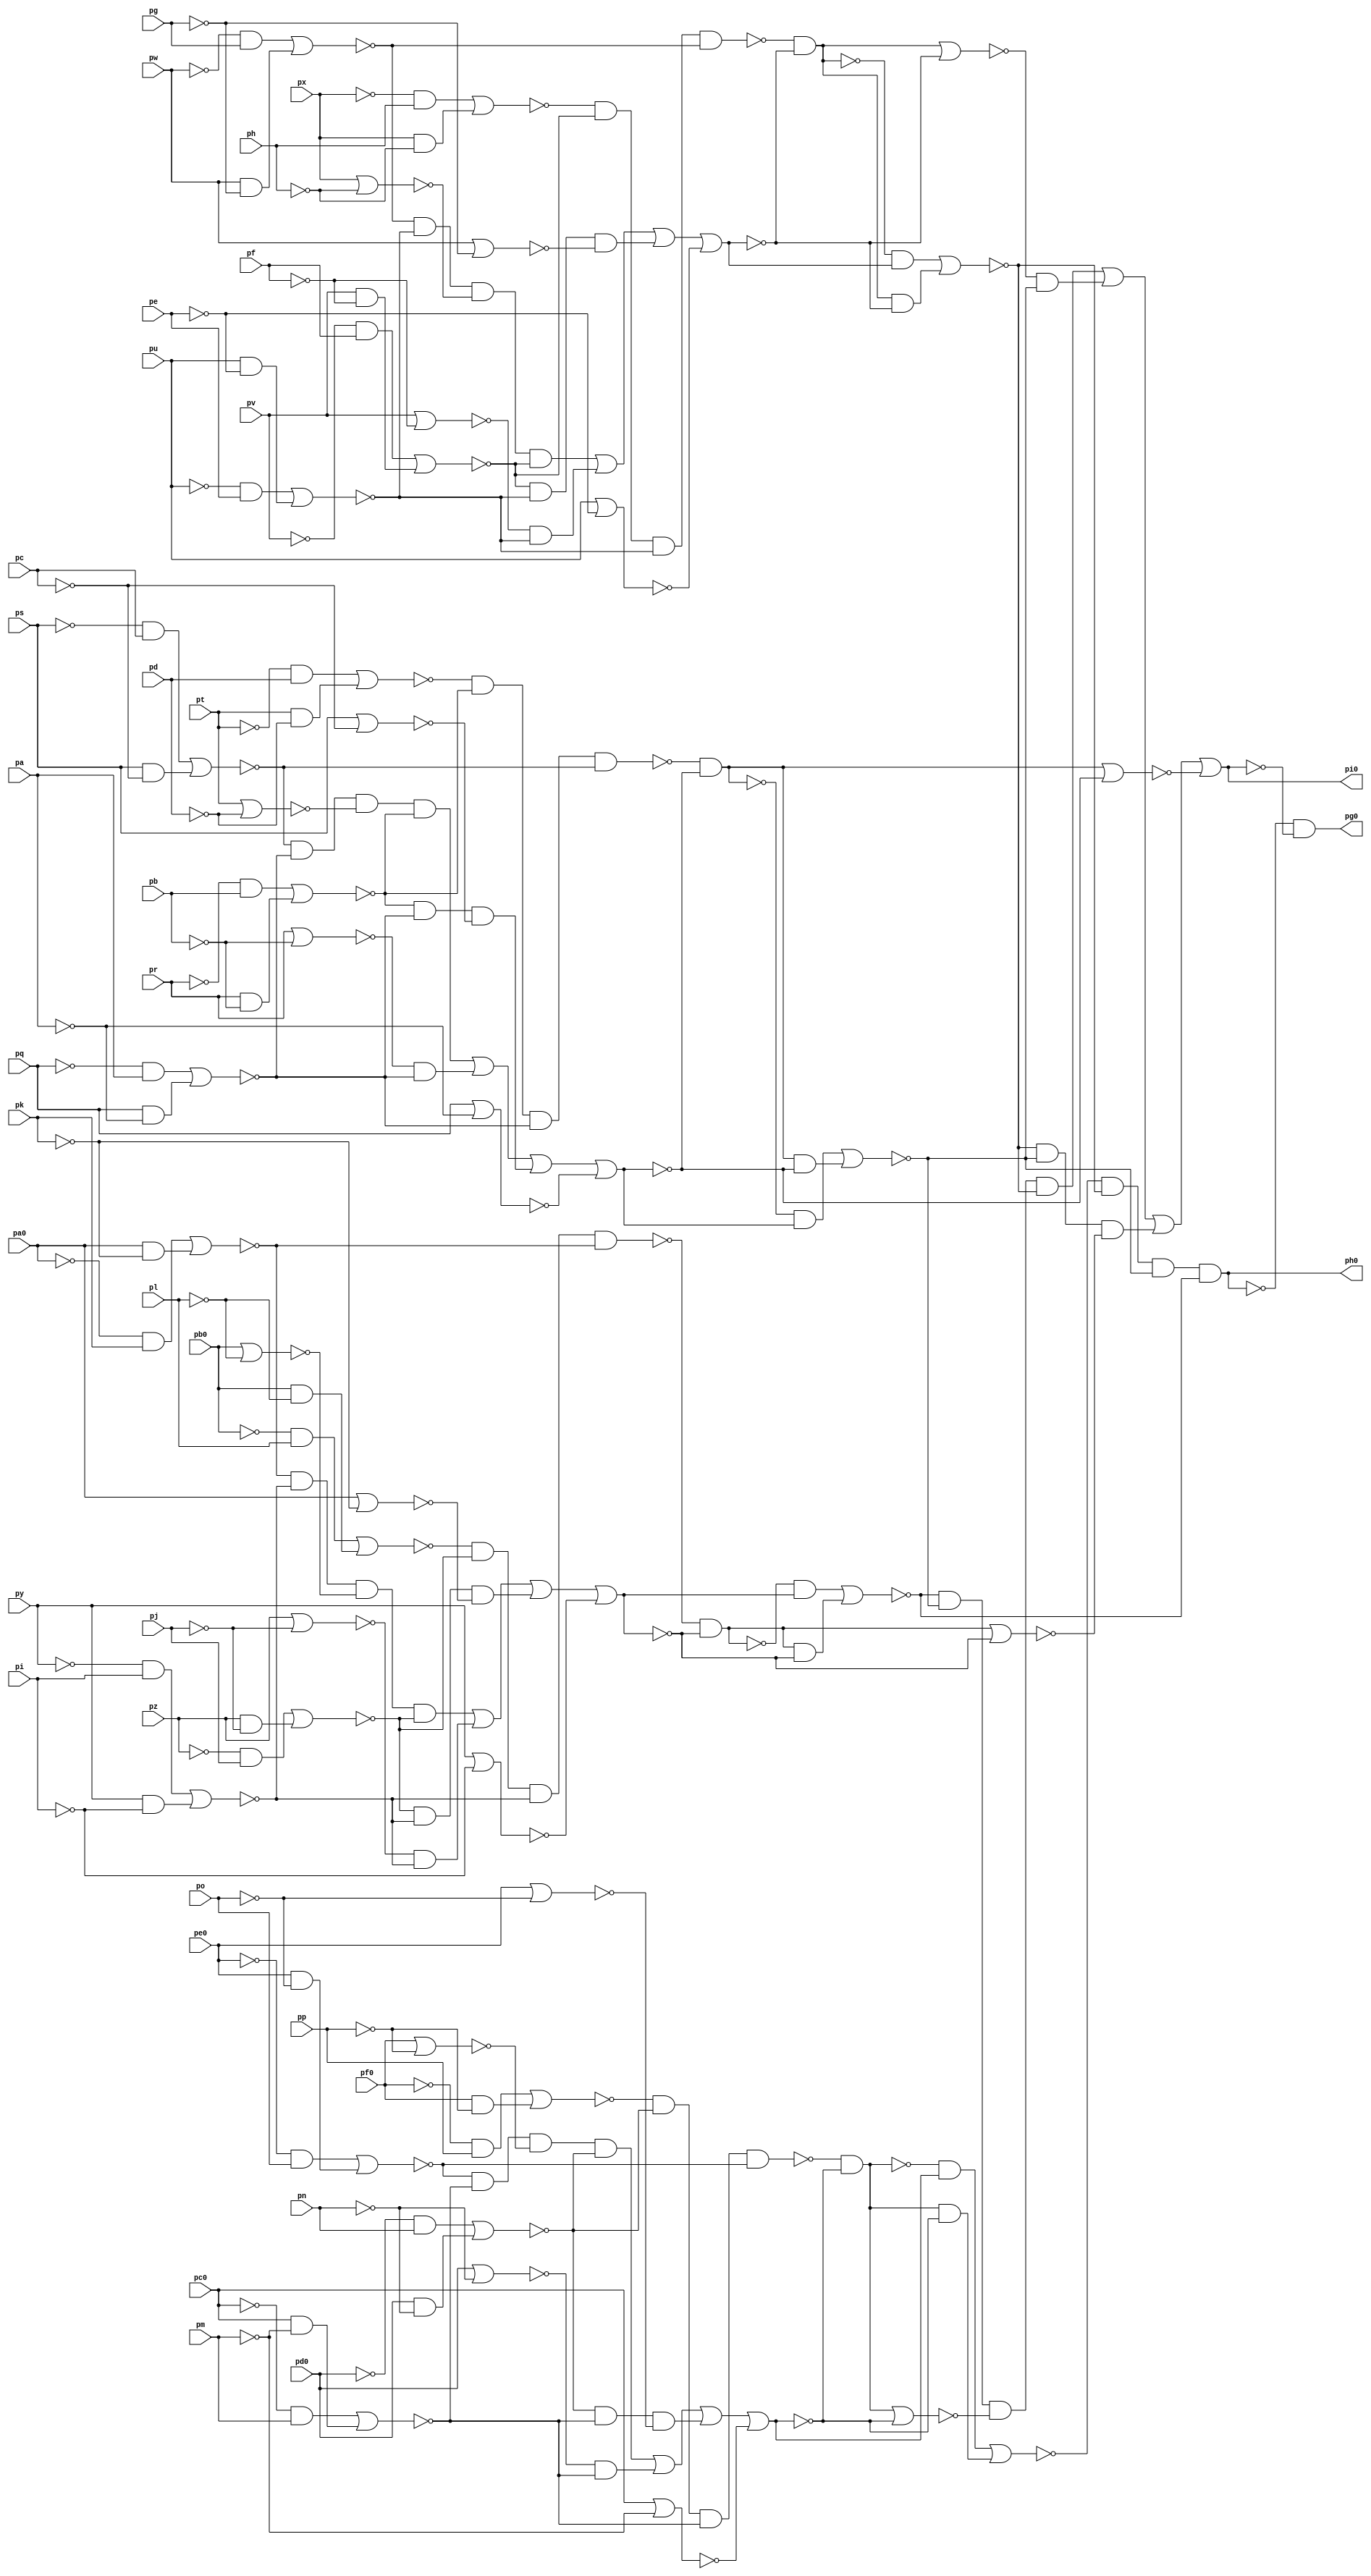
// Benchmark "top" written by ABC on Fri Mar 31 12:07:00 2023

module top ( 
    pp, pa0, pq, pb0, pr, pc0, ps, pd0, pt, pe0, pu, pf0, pv, pw, px, py,
    pz, pa, pb, pc, pd, pe, pf, pg, ph, pi, pj, pk, pl, pm, pn, po,
    pg0, ph0, pi0  );
  input  pp, pa0, pq, pb0, pr, pc0, ps, pd0, pt, pe0, pu, pf0, pv, pw,
    px, py, pz, pa, pb, pc, pd, pe, pf, pg, ph, pi, pj, pk, pl, pm, pn, po;
  output pg0, ph0, pi0;
  wire new_np_, new_na0_, new_nq_, new_nb0_, new_nr_, new_nc0_, new_ns_,
    new_nd0_, new_nt_, new_ne0_, new_nu_, new_nf0_, new_nv_, new_nw_,
    new_nx_, new_ny_, new_nz_, new_na_, new_nb_, new_nc_, new_nd_, new_ne_,
    new_nf_, new_ng_, new_nh_, new_ni_, new_nj_, new_nk_, new_nl_, new_nm_,
    new_nn_, new_no_, new_n_n122_, new_n_n115_, new_ns1_, new_nb2_,
    new_nm2_, new_nr2_, new_n_n121_, new_nm1_, new_nx1_, new_n_n104_,
    new_n_n99_, new_nq2_, new_nw0_, new_n_n129_, new_ny1_, new_n_n102_,
    new_n_n101_, new_np2_, new_n_n133_, new_nc1_, new_n_n109_, new_n_n103_,
    new_n_n100_, new_n_n94_, new_no0_, new_n_n108_, new_nd2_, new_n_n97_,
    new_n_n93_, new_n_n9_, new_nm0_, new_nz1_, new_nc2_, new_n_n96_,
    new_ny2_, new_n_n107_, new_nf2_, new_n_n98_, new_nx2_, new_n_n106_,
    new_ne2_, new_nn2_, new_ns2_, new_ng0_, new_n_n137_, new_ny0_,
    new_n_n124_, new_n_n117_, new_np1_, new_n_n5_, new_nh0_, new_nu0_,
    new_nz0_, new_n_n125_, new_n_n116_, new_n_n110_, new_n_n6_, new_ns0_,
    new_na1_, new_n_n123_, new_nk1_, new_n_n111_, new_n_n7_, new_nq0_,
    new_nb1_, new_ne1_, new_nl1_, new_no1_, new_n_n8_, new_n_n139_,
    new_n_n134_, new_n_n132_, new_n_n127_, new_n_n119_, new_n_n112_,
    new_nk2_, new_n_n95_, new_n_n1_, new_n_n138_, new_n_n135_, new_nx0_,
    new_n_n128_, new_n_n118_, new_n_n113_, new_nl2_, new_no2_, new_n_n2_,
    new_ni0_, new_nv0_, new_n_n131_, new_n_n126_, new_nf1_, new_nn1_,
    new_nq1_, new_n_n105_, new_n_n3_, new_n_n140_, new_n_n136_,
    new_n_n130_, new_nd1_, new_n_n120_, new_n_n114_, new_nr1_, new_na2_,
    new_n_n4_, new_n_n89_, new_n_n83_, new_n_n72_, new_n_n61_, new_n_n50_,
    new_na3_, new_n_n82_, new_n_n73_, new_n_n60_, new_n_n51_, new_n_n90_,
    new_n_n81_, new_n_n70_, new_n_n63_, new_n_n52_, new_n_n91_, new_n_n80_,
    new_n_n71_, new_n_n62_, new_n_n53_, new_n_n0_, new_nz2_, new_n_n43_,
    new_n_n32_, new_n_n21_, new_n_n10_, new_n_n92_, new_n_n42_, new_n_n33_,
    new_n_n20_, new_n_n11_, new_n_n41_, new_n_n30_, new_n_n23_, new_n_n12_,
    new_n_n40_, new_n_n31_, new_n_n22_, new_n_n13_, new_n_n69_, new_n_n58_,
    new_n_n47_, new_n_n36_, new_n_n25_, new_n_n14_, new_n_n68_, new_n_n59_,
    new_n_n46_, new_n_n37_, new_n_n24_, new_n_n15_, new_nc3_, new_n_n78_,
    new_n_n45_, new_n_n34_, new_n_n27_, new_n_n16_, new_nd3_, new_n_n79_,
    new_n_n44_, new_n_n35_, new_n_n26_, new_n_n17_, new_n_n86_, new_ne3_,
    new_n_n76_, new_n_n65_, new_n_n54_, new_n_n29_, new_n_n18_, new_n_n87_,
    new_nf3_, new_n_n77_, new_n_n64_, new_n_n55_, new_n_n28_, new_n_n19_,
    new_nb3_, new_n_n85_, new_n_n74_, new_n_n67_, new_n_n56_, new_n_n49_,
    new_n_n38_, new_n_n88_, new_n_n84_, new_n_n75_, new_n_n66_, new_n_n57_,
    new_n_n48_, new_n_n39_;
  assign new_np_ = pp;
  assign new_na0_ = pa0;
  assign new_nq_ = pq;
  assign new_nb0_ = pb0;
  assign new_nr_ = pr;
  assign new_nc0_ = pc0;
  assign new_ns_ = ps;
  assign new_nd0_ = pd0;
  assign new_nt_ = pt;
  assign new_ne0_ = pe0;
  assign new_nu_ = pu;
  assign new_nf0_ = pf0;
  assign new_nv_ = pv;
  assign pg0 = new_ng0_;
  assign new_nw_ = pw;
  assign ph0 = new_nh0_;
  assign new_nx_ = px;
  assign pi0 = new_ni0_;
  assign new_ny_ = py;
  assign new_nz_ = pz;
  assign new_na_ = pa;
  assign new_nb_ = pb;
  assign new_nc_ = pc;
  assign new_nd_ = pd;
  assign new_ne_ = pe;
  assign new_nf_ = pf;
  assign new_ng_ = pg;
  assign new_nh_ = ph;
  assign new_ni_ = pi;
  assign new_nj_ = pj;
  assign new_nk_ = pk;
  assign new_nl_ = pl;
  assign new_nm_ = pm;
  assign new_nn_ = pn;
  assign new_no_ = po;
  assign new_n_n122_ = new_n_n63_ & new_n_n62_ & new_n_n32_;
  assign new_n_n115_ = new_ne0_ & new_n_n47_;
  assign new_ns1_ = new_nc0_ | new_n_n49_;
  assign new_nb2_ = new_n_n102_ | new_n_n103_;
  assign new_nm2_ = new_n_n98_ | new_n_n99_;
  assign new_nr2_ = new_nv_ | new_n_n72_;
  assign new_n_n121_ = new_n_n64_ & new_n_n62_ & new_n_n33_ & new_n_n63_;
  assign new_nm1_ = new_n_n114_ | new_n_n115_;
  assign new_nx1_ = new_n_n53_ & new_n_n51_ & new_n_n50_ & new_n_n52_;
  assign new_n_n104_ = new_n_n56_ & new_nj_;
  assign new_n_n99_ = new_nw_ & new_n_n71_;
  assign new_nq2_ = new_nw_ | new_n_n71_;
  assign new_nw0_ = new_n_n132_ | new_n_n133_;
  assign new_n_n129_ = new_n_n23_ & new_n_n38_;
  assign new_ny1_ = new_n_n108_ | new_n_n109_;
  assign new_n_n102_ = new_n_n57_ & new_ni_;
  assign new_n_n101_ = new_nx_ & new_n_n70_;
  assign new_np2_ = new_nx_ | new_n_n70_;
  assign new_n_n133_ = new_nq0_ & new_n_n20_;
  assign new_nc1_ = new_n_n127_ | new_n_n129_ | new_n_n128_ | new_n_n22_;
  assign new_n_n109_ = new_nb0_ & new_n_n58_;
  assign new_n_n103_ = new_ny_ & new_n_n61_;
  assign new_n_n100_ = new_n_n66_ & new_nh_;
  assign new_n_n94_ = new_n_n69_ & new_ne_;
  assign new_no0_ = new_n_n11_ & new_n_n19_;
  assign new_n_n108_ = new_n_n54_ & new_nl_;
  assign new_nd2_ = new_na0_ | new_n_n59_;
  assign new_n_n97_ = new_nv_ & new_n_n72_;
  assign new_n_n93_ = new_nt_ & new_n_n82_;
  assign new_n_n9_ = ~new_nv0_;
  assign new_nm0_ = new_n_n10_ & new_n_n18_;
  assign new_nz1_ = new_n_n106_ | new_n_n107_;
  assign new_nc2_ = new_nb0_ | new_n_n58_;
  assign new_n_n96_ = new_n_n68_ & new_nf_;
  assign new_ny2_ = new_n_n92_ | new_n_n93_;
  assign new_n_n107_ = new_na0_ & new_n_n59_;
  assign new_nf2_ = new_ny_ | new_n_n61_;
  assign new_n_n98_ = new_n_n67_ & new_ng_;
  assign new_nx2_ = new_n_n77_ & new_n_n75_ & new_n_n74_ & new_n_n76_;
  assign new_n_n106_ = new_n_n55_ & new_nk_;
  assign new_ne2_ = new_nz_ | new_n_n60_;
  assign new_nn2_ = new_n_n96_ | new_n_n97_;
  assign new_ns2_ = new_nu_ | new_n_n73_;
  assign new_ng0_ = new_n_n0_ & new_n_n1_;
  assign new_n_n137_ = new_nm0_ & new_n_n18_;
  assign new_ny0_ = new_nm0_ | new_n_n18_;
  assign new_n_n124_ = new_n_n52_ & new_n_n50_ & new_n_n29_ & new_n_n51_;
  assign new_n_n117_ = new_nf0_ & new_n_n46_;
  assign new_np1_ = new_nf0_ | new_n_n46_;
  assign new_n_n5_ = ~new_nz0_;
  assign new_nh0_ = new_n_n2_ & new_n_n8_ & new_n_n7_ & new_n_n9_;
  assign new_nu0_ = new_n_n136_ | new_n_n137_;
  assign new_nz0_ = new_no0_ | new_n_n19_;
  assign new_n_n125_ = new_n_n51_ & new_n_n50_ & new_n_n28_;
  assign new_n_n116_ = new_n_n42_ & new_np_;
  assign new_n_n110_ = new_n_n45_ & new_nm_;
  assign new_n_n6_ = ~new_ny0_;
  assign new_ns0_ = new_n_n13_ & new_n_n21_;
  assign new_na1_ = new_nq0_ | new_n_n20_;
  assign new_n_n123_ = new_n_n31_ & new_n_n62_;
  assign new_nk1_ = new_n_n41_ & new_n_n39_ & new_n_n38_ & new_n_n40_;
  assign new_n_n111_ = new_nc0_ & new_n_n49_;
  assign new_n_n7_ = ~new_nx0_;
  assign new_nq0_ = new_n_n12_ & new_n_n20_;
  assign new_nb1_ = new_ns0_ | new_n_n21_;
  assign new_ne1_ = new_n_n121_ | new_n_n123_ | new_n_n122_ | new_n_n30_;
  assign new_nl1_ = new_n_n116_ | new_n_n117_;
  assign new_no1_ = new_n_n110_ | new_n_n111_;
  assign new_n_n8_ = ~new_nw0_;
  assign new_n_n139_ = new_n_n8_ & new_n_n7_ & new_n_n5_;
  assign new_n_n134_ = new_n_n15_ & new_nd1_;
  assign new_n_n132_ = new_n_n16_ & new_ne1_;
  assign new_n_n127_ = new_n_n40_ & new_n_n38_ & new_n_n25_ & new_n_n39_;
  assign new_n_n119_ = new_n_n75_ & new_n_n74_ & new_n_n36_;
  assign new_n_n112_ = new_n_n44_ & new_nn_;
  assign new_nk2_ = new_n_n65_ & new_n_n63_ & new_n_n62_ & new_n_n64_;
  assign new_n_n95_ = new_nu_ & new_n_n73_;
  assign new_n_n1_ = ~new_ni0_;
  assign new_n_n138_ = new_n_n9_ & new_n_n7_ & new_n_n6_ & new_n_n8_;
  assign new_n_n135_ = new_no0_ & new_n_n19_;
  assign new_nx0_ = new_n_n130_ | new_n_n131_;
  assign new_n_n128_ = new_n_n39_ & new_n_n38_ & new_n_n24_;
  assign new_n_n118_ = new_n_n76_ & new_n_n74_ & new_n_n37_ & new_n_n75_;
  assign new_n_n113_ = new_nd0_ & new_n_n48_;
  assign new_nl2_ = new_n_n100_ | new_n_n101_;
  assign new_no2_ = new_n_n94_ | new_n_n95_;
  assign new_n_n2_ = ~new_nu0_;
  assign new_ni0_ = new_n_n138_ | new_n_n140_ | new_n_n139_ | new_n_n3_;
  assign new_nv0_ = new_n_n134_ | new_n_n135_;
  assign new_n_n131_ = new_ns0_ & new_n_n21_;
  assign new_n_n126_ = new_n_n27_ & new_n_n50_;
  assign new_nf1_ = new_n_n118_ | new_n_n120_ | new_n_n119_ | new_n_n34_;
  assign new_nn1_ = new_n_n112_ | new_n_n113_;
  assign new_nq1_ = new_ne0_ | new_n_n47_;
  assign new_n_n105_ = new_nz_ & new_n_n60_;
  assign new_n_n3_ = ~new_nb1_;
  assign new_n_n140_ = new_n_n4_ & new_n_n7_;
  assign new_n_n136_ = new_n_n14_ & new_nc1_;
  assign new_n_n130_ = new_n_n17_ & new_nf1_;
  assign new_nd1_ = new_n_n124_ | new_n_n126_ | new_n_n125_ | new_n_n26_;
  assign new_n_n120_ = new_n_n35_ & new_n_n74_;
  assign new_n_n114_ = new_n_n43_ & new_no_;
  assign new_nr1_ = new_nd0_ | new_n_n48_;
  assign new_na2_ = new_n_n104_ | new_n_n105_;
  assign new_n_n4_ = ~new_na1_;
  assign new_n_n89_ = new_nr_ & new_n_n84_;
  assign new_n_n83_ = ~new_nc_;
  assign new_n_n72_ = ~new_nf_;
  assign new_n_n61_ = ~new_ni_;
  assign new_n_n50_ = ~new_nb2_;
  assign new_na3_ = new_n_n88_ | new_n_n89_;
  assign new_n_n82_ = ~new_nd_;
  assign new_n_n73_ = ~new_ne_;
  assign new_n_n60_ = ~new_nj_;
  assign new_n_n51_ = ~new_na2_;
  assign new_n_n90_ = new_n_n79_ & new_nc_;
  assign new_n_n81_ = ~new_nq_;
  assign new_n_n70_ = ~new_nh_;
  assign new_n_n63_ = ~new_nn2_;
  assign new_n_n52_ = ~new_nz1_;
  assign new_n_n91_ = new_ns_ & new_n_n83_;
  assign new_n_n80_ = ~new_nr_;
  assign new_n_n71_ = ~new_ng_;
  assign new_n_n62_ = ~new_no2_;
  assign new_n_n53_ = ~new_ny1_;
  assign new_n_n0_ = ~new_nh0_;
  assign new_nz2_ = new_n_n90_ | new_n_n91_;
  assign new_n_n43_ = ~new_ne0_;
  assign new_n_n32_ = ~new_nq2_;
  assign new_n_n21_ = ~new_nf1_;
  assign new_n_n10_ = ~new_nk1_;
  assign new_n_n92_ = new_n_n78_ & new_nd_;
  assign new_n_n42_ = ~new_nf0_;
  assign new_n_n33_ = ~new_np2_;
  assign new_n_n20_ = ~new_ne1_;
  assign new_n_n11_ = ~new_nx1_;
  assign new_n_n41_ = ~new_nl1_;
  assign new_n_n30_ = ~new_ns2_;
  assign new_n_n23_ = ~new_nr1_;
  assign new_n_n12_ = ~new_nk2_;
  assign new_n_n40_ = ~new_nm1_;
  assign new_n_n31_ = ~new_nr2_;
  assign new_n_n22_ = ~new_ns1_;
  assign new_n_n13_ = ~new_nx2_;
  assign new_n_n69_ = ~new_nu_;
  assign new_n_n58_ = ~new_nl_;
  assign new_n_n47_ = ~new_no_;
  assign new_n_n36_ = ~new_nd3_;
  assign new_n_n25_ = ~new_np1_;
  assign new_n_n14_ = ~new_nm0_;
  assign new_n_n68_ = ~new_nv_;
  assign new_n_n59_ = ~new_nk_;
  assign new_n_n46_ = ~new_np_;
  assign new_n_n37_ = ~new_nc3_;
  assign new_n_n24_ = ~new_nq1_;
  assign new_n_n15_ = ~new_no0_;
  assign new_nc3_ = new_nt_ | new_n_n82_;
  assign new_n_n78_ = ~new_nt_;
  assign new_n_n45_ = ~new_nc0_;
  assign new_n_n34_ = ~new_nf3_;
  assign new_n_n27_ = ~new_ne2_;
  assign new_n_n16_ = ~new_nq0_;
  assign new_nd3_ = new_ns_ | new_n_n83_;
  assign new_n_n79_ = ~new_ns_;
  assign new_n_n44_ = ~new_nd0_;
  assign new_n_n35_ = ~new_ne3_;
  assign new_n_n26_ = ~new_nf2_;
  assign new_n_n17_ = ~new_ns0_;
  assign new_n_n86_ = new_n_n81_ & new_na_;
  assign new_ne3_ = new_nr_ | new_n_n84_;
  assign new_n_n76_ = ~new_nz2_;
  assign new_n_n65_ = ~new_nl2_;
  assign new_n_n54_ = ~new_nb0_;
  assign new_n_n29_ = ~new_nc2_;
  assign new_n_n18_ = ~new_nc1_;
  assign new_n_n87_ = new_nq_ & new_n_n85_;
  assign new_nf3_ = new_nq_ | new_n_n85_;
  assign new_n_n77_ = ~new_ny2_;
  assign new_n_n64_ = ~new_nm2_;
  assign new_n_n55_ = ~new_na0_;
  assign new_n_n28_ = ~new_nd2_;
  assign new_n_n19_ = ~new_nd1_;
  assign new_nb3_ = new_n_n86_ | new_n_n87_;
  assign new_n_n85_ = ~new_na_;
  assign new_n_n74_ = ~new_nb3_;
  assign new_n_n67_ = ~new_nw_;
  assign new_n_n56_ = ~new_nz_;
  assign new_n_n49_ = ~new_nm_;
  assign new_n_n38_ = ~new_no1_;
  assign new_n_n88_ = new_n_n80_ & new_nb_;
  assign new_n_n84_ = ~new_nb_;
  assign new_n_n75_ = ~new_na3_;
  assign new_n_n66_ = ~new_nx_;
  assign new_n_n57_ = ~new_ny_;
  assign new_n_n48_ = ~new_nn_;
  assign new_n_n39_ = ~new_nn1_;
endmodule